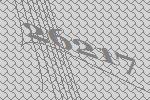
26217